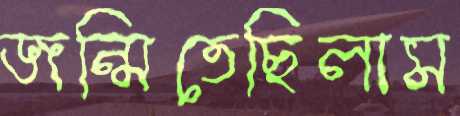
জন্মিতেছিলাম